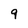
Character: 9